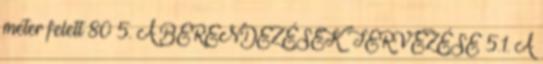
méter felett 80 5. A BERENDEZÉSEK TERVEZÉSE 5.1. A